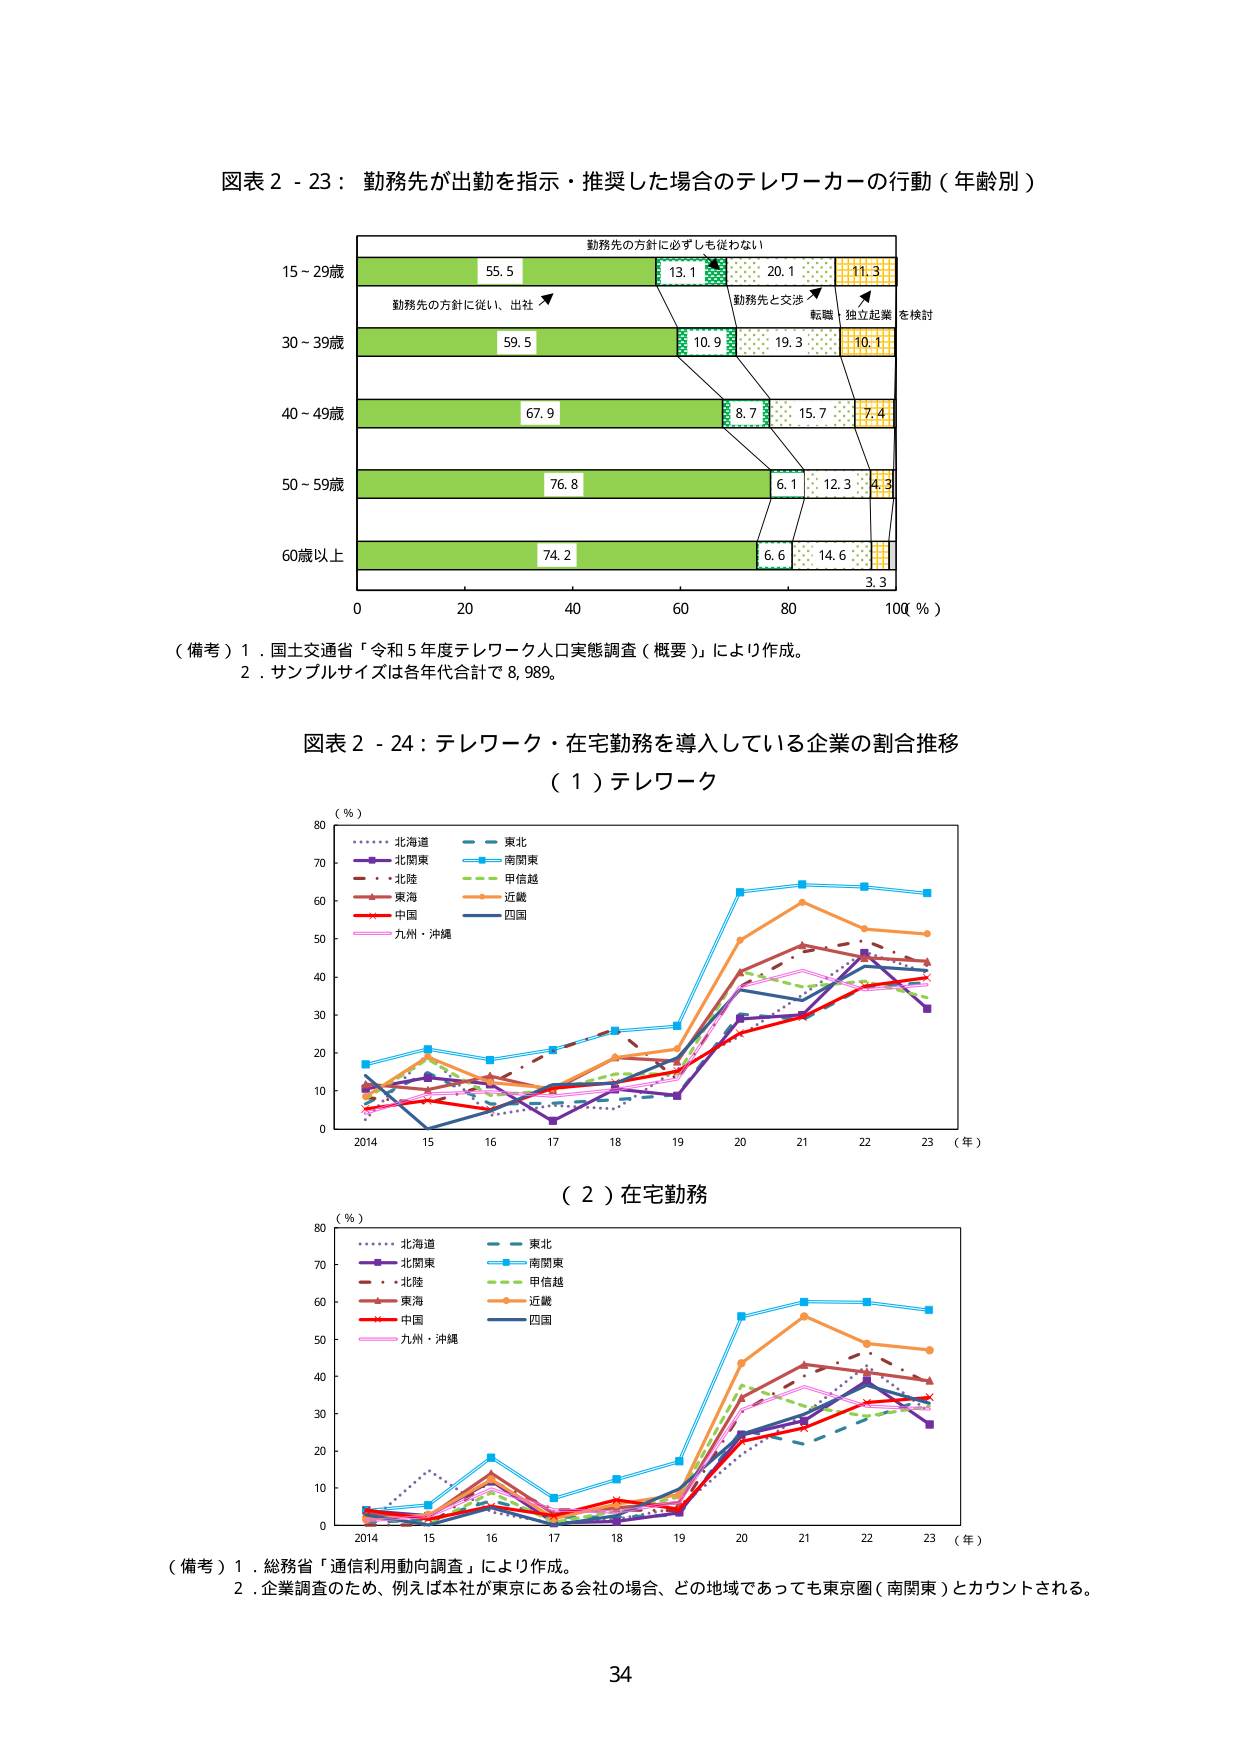
図表２－２３：勤務先が出勤を指示・推奨した場合のテレワーカーの行動（年齢別）

勤務先の方針に必ずしも従わない

15～29歳　55.5　13.1　20.1　11.3
　　　　　勤務先の方針に従い、出社　→　勤務先と交渉　→　転職　→　独立起業　→　を検討

30～39歳　59.5　10.9　19.3　10.1

40～49歳　67.9　8.7　15.7　7.4

50～59歳　76.8　6.1　12.3　4.3

60歳以上　74.2　6.6　14.6　3.3

0　20　40　60　80　100（％）

（備考）1．国土交通省「令和5年度テレワーク人口実態調査（概要）」により作成。
　　　2．サンプルサイズは各年代合計で8,989。

図表２－２４：テレワーク・在宅勤務を導入している企業の割合推移

（１）テレワーク

（％）
　　　・北海道　　・東北
　　　・北関東　　・南関東
　　　・北陸　　・甲信越
　　　・東海　　・近畿
　　　・中国　　・四国
　　　・九州・沖縄

（年）
2014　15　16　17　18　19　20　21　22　23

（２）在宅勤務

（％）
　　　・北海道　　・東北
　　　・北関東　　・南関東
　　　・北陸　　・甲信越
　　　・東海　　・近畿
　　　・中国　　・四国
　　　・九州・沖縄

（年）
2014　15　16　17　18　19　20　21　22　23

（備考）1．総務省「通信利用動向調査」により作成。
　　　2．企業調査のため、例えば本社が東京にある会社の場合、どの地域であっても東京圏（南関東）とカウントされる。

34